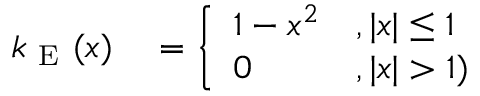
\begin{array} { r l } { k _ { \mathrm { ~ E ~ } } ( x ) } & { { } = \left\{ \begin{array} { l l } { 1 - x ^ { 2 } } & { , | x | \leq 1 } \\ { 0 } & { , | x | > 1 ) } \end{array} \right. } \end{array}